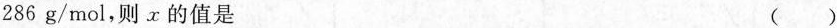
286g/mol，则x的值是 ()